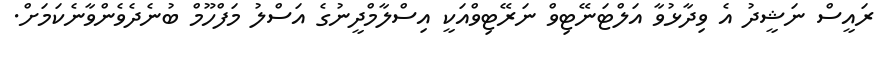
ރައީސް ނަޝީދު އެ ވިދާޅުވާ އަލްޓަނޭޓިވް ނަރޭޓިވްއަކީ އިސްލާމްދީނުގެ އަސްލު މަފްހޫމް ބުނެދެވެންވާނެކަމަށް.